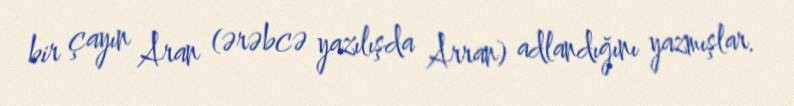
bir çayın Aran (ərəbcə yazılışda Arran) adlandığını yazmışlar.